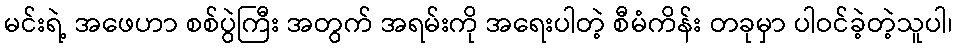
မင်းရဲ့ အဖေဟာ စစ်ပွဲကြီး အတွက် အရမ်းကို အရေးပါတဲ့ စီမံကိန်း တခုမှာ ပါဝင်ခဲ့တဲ့သူပါ၊